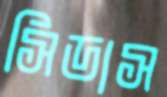
সিডাস